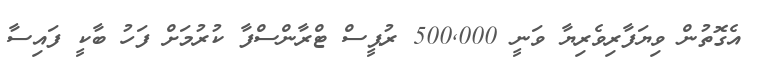
އެގޮތުން ވިޔަފާރިވެރިޔާ ވަނީ 500